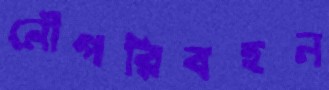
নৌপরিবহন